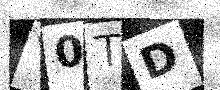
Text: Y0TD